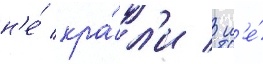
н'е́ кра́л'и / н'е́